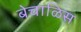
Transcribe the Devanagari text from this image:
बेचाळिस